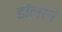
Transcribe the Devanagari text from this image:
डॉलरने